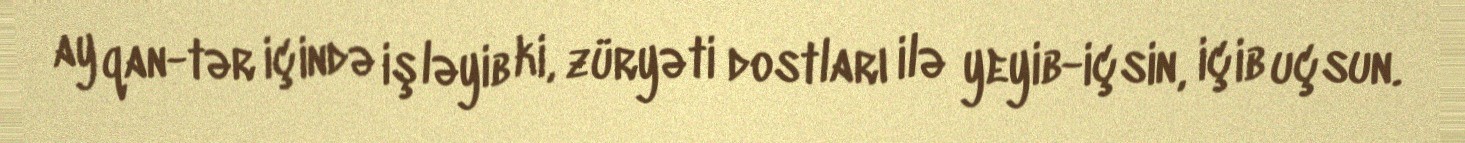
ay qan-tər içində işləyib ki, züryəti dostları ilə yeyib-içsin, içib uçsun.